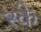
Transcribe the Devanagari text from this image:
स्के